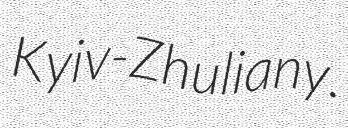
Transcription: Kyiv-Zhuliany.